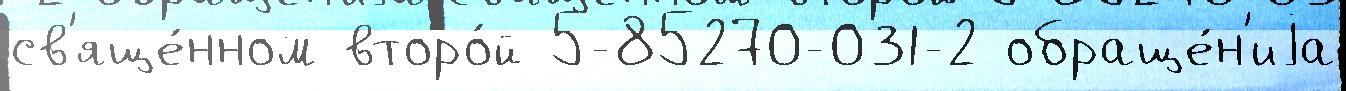
св'яще́нном второ́й 5-85270-031-2 обраще́н'иjа